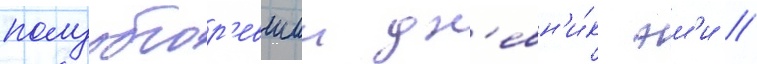
полуобгор'евшии дн'евн'и́к эм'и /